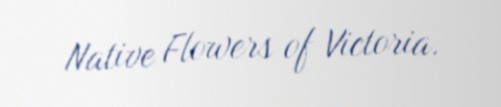
Native Flowers of Victoria.